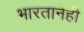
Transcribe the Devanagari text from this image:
भारतानेही